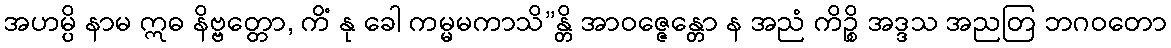
အဟမ္ပိ နာမ ဣဓ နိဗ္ဗတ္တော, ကိံ နု ခေါ ကမ္မမကာသိ”န္တိ အာဝဇ္ဇေန္တော န အညံ ကိဉ္စိ အဒ္ဒသ အညတြ ဘဂဝတော